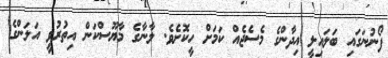
ފޯނުނަގައި ބަލައިލީ އިދާންގެ މެސެޖެއް ކަމަށް ހީކޮށެވެ. ލާނާގެ މާޔޫސްކަން އިތުރުވީ އަލަންގެ